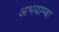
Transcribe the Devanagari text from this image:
अभयाम्बा